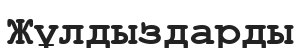
Жұлдыздарды